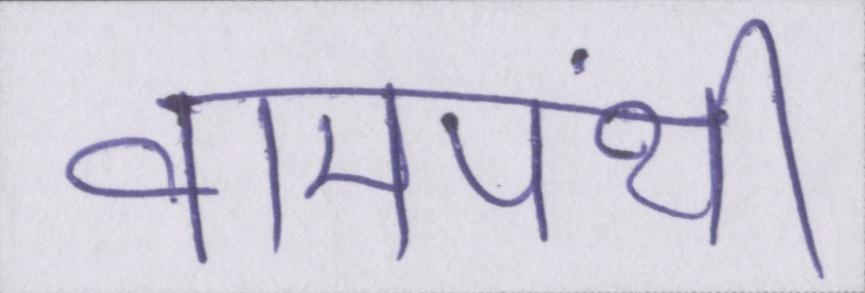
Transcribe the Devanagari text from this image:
वामपंथी